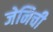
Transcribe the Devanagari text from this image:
जेनिची